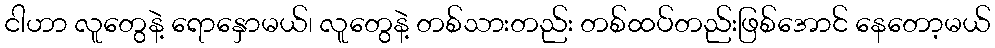
ငါဟာ လူတွေနဲ့ ရောနှောမယ်၊ လူတွေနဲ့ တစ်သားတည်း တစ်ထပ်တည်းဖြစ်အောင် နေတော့မယ်